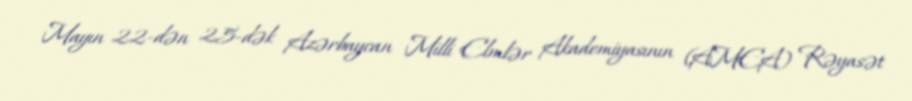
Mayın 22-dən 25-dək Azərbaycan Milli Elmlər Akademiyasının (AMEA) Rəyasət